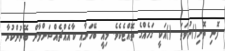
ފޮނި ތޮށި()ނުވަތަ  ()އަކީ ގަހެއްގެ ތޮއްޓެކެވެ. މިއީ ބޭހަށާއި ކާއެއްޗެއްސަށްލާން ބޭނުންކުރާ